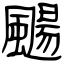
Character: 颺